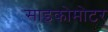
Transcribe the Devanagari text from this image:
साइकोमोटर